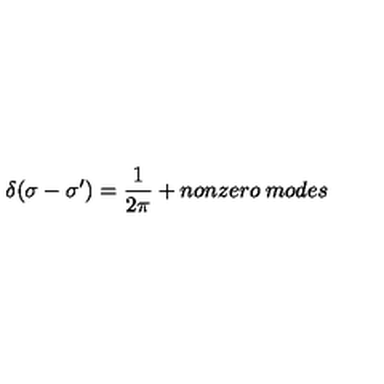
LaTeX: \delta ( \sigma - \sigma ^ { \prime } ) = \frac { 1 } { 2 \pi } + n o n z e r o \: m o d e s